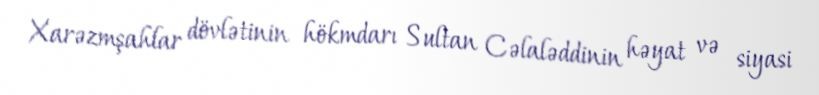
Xarəzmşahlar dövlətinin hökmdarı Sultan Cəlaləddinin həyat və siyasi